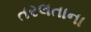
તરલતાના